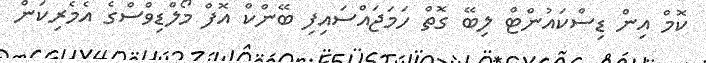
ކޮމް އިން ޑިސްކައުންޓް ލިބޭ ގޮތް ހަމަޖައްސައިފި ބޭންކް އޮފް މޯލްޑިވްސްގެ އެމެރިކަން